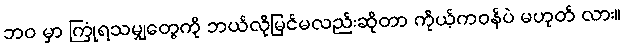
ဘဝ မှာ ကြုံရသမျှတွေကို ဘယ်လိုမြင်မလည်းဆိုတာ ကိုယ့်ကဝန်ပဲ မဟုတ် လား။